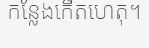
កន្លែងកើតហេតុ។